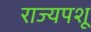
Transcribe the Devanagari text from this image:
राज्यपशू